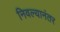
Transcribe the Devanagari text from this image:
निवल्यानंतर